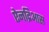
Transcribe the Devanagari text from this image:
ऐनद्रिआस